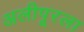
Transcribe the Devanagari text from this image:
अलीपूरला